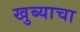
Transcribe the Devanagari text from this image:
खुब्याचा